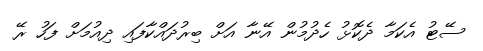
ސޭޓު އެކަމާ ދެކޮޅު ހެދުމުން އޭނާ އަށް ބިރުދައްކާފައި ދިއުމަށް ފަހު ރޭ